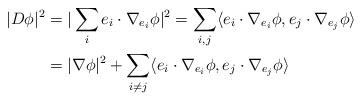
LaTeX: \begin{align*}|D \phi|^2 &= | \sum_i e_i\cdot\nabla_{e_i}\phi|^2= \sum_{i,j} \langle e_i\cdot\nabla_{e_i}\phi, e_j\cdot\nabla_{e_j}\phi \rangle\\&= |\nabla\phi|^2 + \sum_{i\neq j} \langle e_i\cdot\nabla_{e_i}\phi, e_j\cdot\nabla_{e_j}\phi \rangle\end{align*}